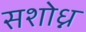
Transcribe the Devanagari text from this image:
सशोध्न